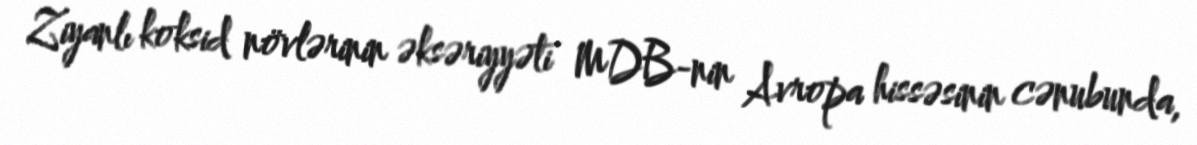
Ziyanlı koksid növlərinin əksəriyyəti MDB-nin Avropa hissəsinin cənubunda,